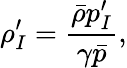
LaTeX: {\rho}_{I}^{\prime}=\frac{\bar{\rho}p_{I}^{\prime}}{\gamma\bar{p}},